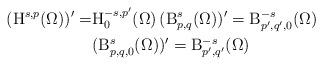
LaTeX: \begin{align*} (\mathrm{\mathrm{H}}^{s,p}(\Omega))' = &\mathrm{H}^{-s,p'}_0(\Omega)\, (\mathrm{B}^{s}_{p,q}(\Omega))'=\mathrm{B}^{-s}_{p',q',0}(\Omega) \\ &(\mathrm{B}^{s}_{p,q,0}(\Omega))'=\mathrm{B}^{-s}_{p',q'}(\Omega)\end{align*}